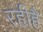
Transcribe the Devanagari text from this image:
रहीहै